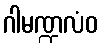
ဂါမဏ္ဍလံဝ